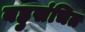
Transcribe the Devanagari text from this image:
बहुसंचित